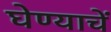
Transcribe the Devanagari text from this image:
घेण्याचें